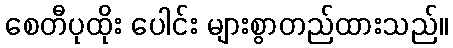
စေတီပုထိုး ပေါင်း များစွာတည်ထားသည်။